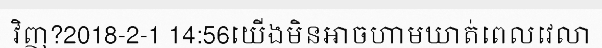
វិញ?2018-2-1 14:56យើងមិនអាចហាមឃាត់ពេលវេលា